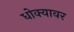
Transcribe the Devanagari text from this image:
धोक्यावर